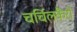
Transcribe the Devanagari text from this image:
चर्चिलकैरो